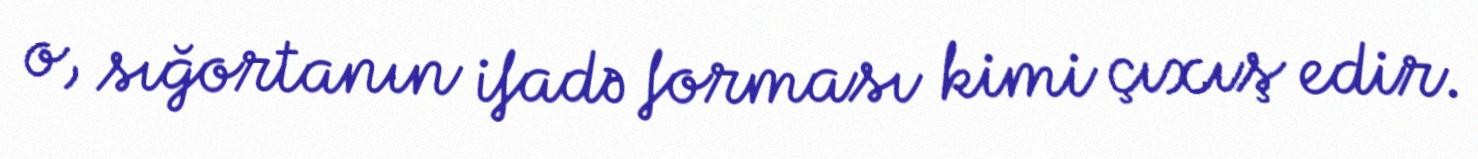
o, sığortanın ifadə forması kimi çıxış edir.